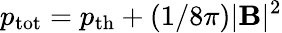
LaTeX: p_{\textrm{tot}}=p_{\mathrm{th}}+(1/8\pi)|\mathbf{B}|^{2}